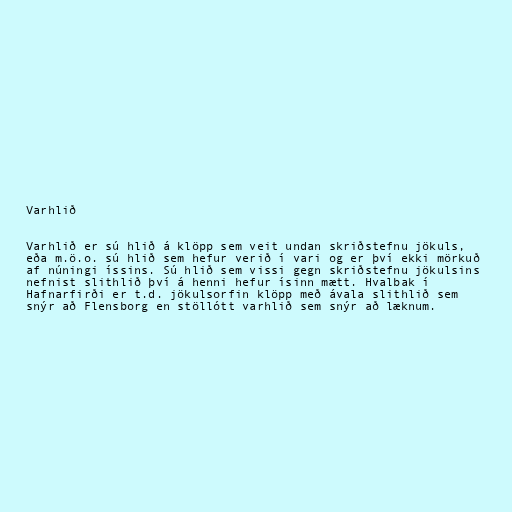
Varhlið

Varhlið er sú hlið á klöpp sem veit undan skriðstefnu jökuls,
eða m.ö.o. sú hlið sem hefur verið í vari og er því ekki mörkuð
af núningi íssins. Sú hlið sem vissi gegn skriðstefnu jökulsins
nefnist slithlið því á henni hefur ísinn mætt. Hvalbak í
Hafnarfirði er t.d. jökulsorfin klöpp með ávala slithlið sem
snýr að Flensborg en stöllótt varhlið sem snýr að læknum.